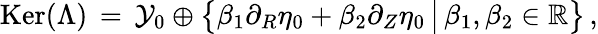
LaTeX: \mathop{\mathrm{Ker}}(\Lambda)\, =\, \mathcal{Y}_{0}\oplus\bigl\{ \beta_{1}\partial_{R}\eta_{0}+\beta_{2}\partial_{Z}\eta_{0}\, \big|\, \beta_{1},\beta_{2}\in\mathbb{R}\bigr\} \, ,